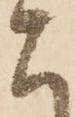
こ